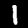
Digit: 1